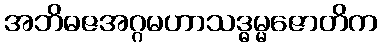
အဘိဓဇအဂ္ဂမဟာသဒ္ဓမ္မဇောတိက